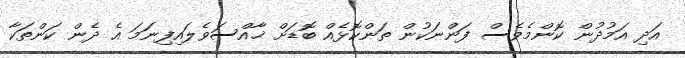
އަދި އަމުދުން ކޮންމެވެސް ފަންނަކުން ތަންކޮޅެއް ބޮޑަށް ޚާއްސަވެލައިފިނަމަ އެ ދެން ކަންތަކާ